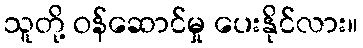
သူတို့ ဝန်ဆောင်မှု ပေးနိုင်လား။